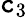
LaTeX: \mathtt{c}_{3}